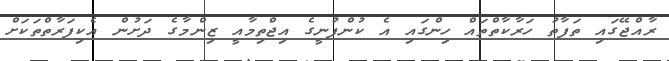
ރާއްޖޭގައި ތަފާތު ހަރާކާތްތައް ހިންގައި އެ ކުންފުނީގެ އިޖްތިމާއީ ޒިންމާގެ ދަށުން އެކިފަރާތްތަކަށް